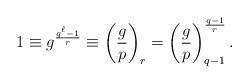
\begin{align*}1 \equiv g^{\frac{q^{\ell} - 1}{r}} \equiv \left(\frac{g}{p}\right)_r = \left(\frac{g}{p}\right)_{q-1}^{\frac{q-1}{r}}.\end{align*}